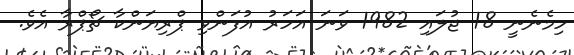
ހިމެނެނީ 18 ޖުލައި 1982 ވަނަ އަހަރު އުފަންވި ޕްރިޔަންކާ ޗޯޕްރާ އެވެ.